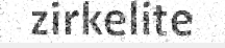
zirkelite